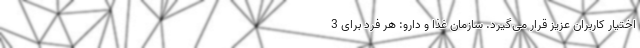
اختیار کاربران عزیز قرار می‌گیرد. سازمان غذا و دارو: هر فرد برای 3